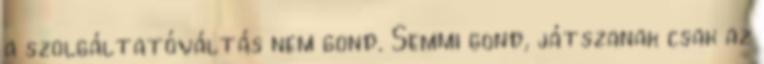
a szolgáltatóváltás nem gond. Semmi gond, játszanak csak az